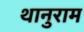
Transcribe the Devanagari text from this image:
थानुराम